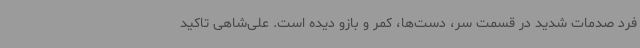
فرد صدمات شدید در قسمت سر، دست‌ها، کمر و بازو دیده است. علی‌شاهی تاکید